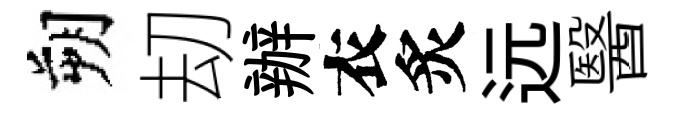
朔刧辦衣炙远醫